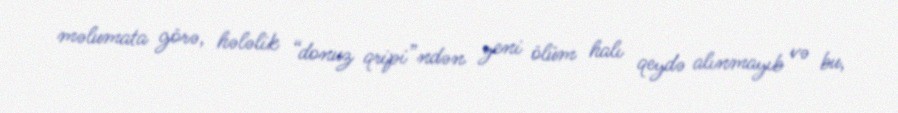
məlumata görə, hələlik “donuz qripi”ndən yeni ölüm halı qeydə alınmayıb və bu,